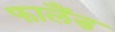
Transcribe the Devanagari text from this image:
फालैंड